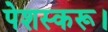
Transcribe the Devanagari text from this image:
पेशस्‍करू।